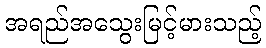
အရည်အသွေးမြင့်မားသည့်